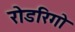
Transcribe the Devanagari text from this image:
रोडरिगो